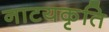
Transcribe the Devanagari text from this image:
नाटयकृति